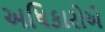
અધિકારોએ